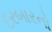
દરબારનો